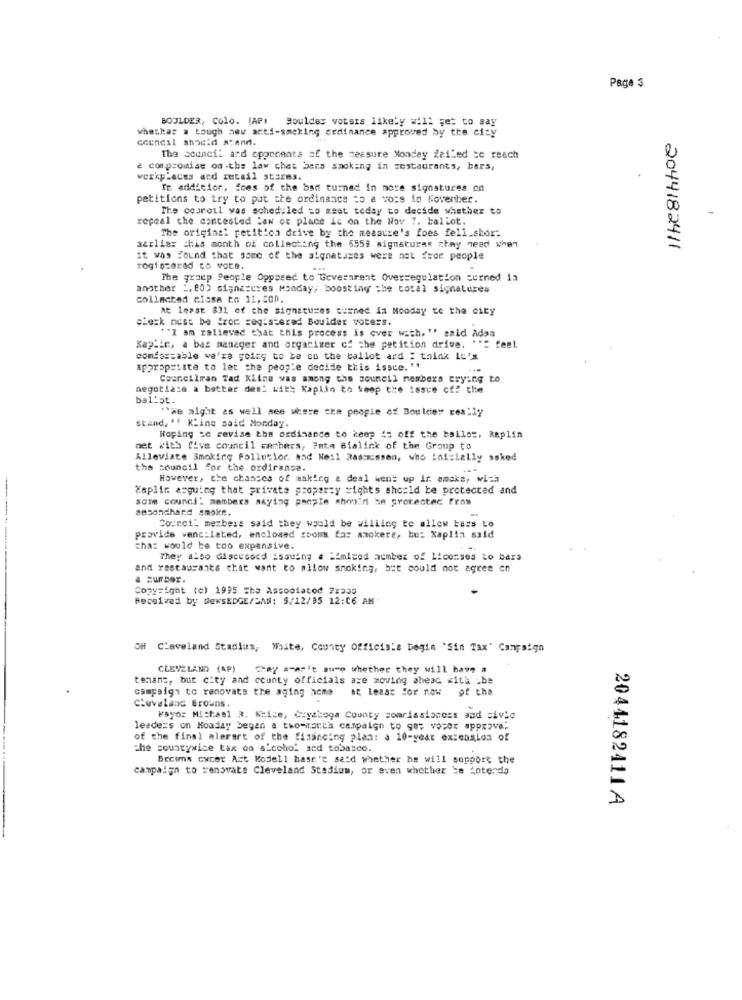
Paga 3
BOULDER, Colo. (AP) Boulder votsis likely will get to say
whether a tough new anti-smoking ordinance approved by the city
council shadid stand.
The council and opponents of the measure Monday failed to reach
è compromise od .the law chet bens smoking in restaurants, bars,
wexkplaces and retail stores.
In addition, foes of the ban turned in more signatures pn
petitions to try to put the ordinance to a voce in Kovenber.
The couroil was scheduled =o msot today to decide whether to
-
repeal the contested law of place ic on the Nov 7. ballot.
The original petition drive by the measure's foes fell_sbor-
a&rlis: this month of collecting the 6559 signatures chey need when
2044182411
it was Found that some of the signatures were not from people
rogiotered to vote.
The groep People Opposed to Government Overregulation surned in
another :, 80) signaceres Monday, boosting the total signatures
collmatad cissa to 11,000.
At least 831 of the signatures turned is Monday to the city
clerk nest be from registered Boulder voters.
""I am zalieved that this process is over with, "" said Adan
Kap'in, a bas manager and organizer of the petition drive. ""= feel
comfortable we're going to be co the ballot ard I think It's
appropriate to let the people decide this issce. "
Councilman Tad KLine was among the council members trying to
negotiate a batter den! with Kaplin to keep the issue of: the
ballot.
""he alght as well see where the people of Boulder really
stand, " KLine said Monday.
Hoping :c revise the ordinance to keep 45 off the ballot, kaplin
bet with five council members, Fate Bialink of the Group to
Alleviate Smoking Pollutlor mad Nesl Rasmussen, who Initially ssked
the council for the ordirance.
However, the chances of making & deal went up ir. amcks, with
Kaplic arguing that private property rights should be protected and
some council members saying people should be protected From
sesonthand smoke.
Courot' members said they would be willing to allow bass to
provide venc:lated, enclosed rooms far smokere, bu: Kaplin said
that would be too expensive.
They also discussed issuing # Himleed member of Licenses to bars
-------
and restaurants chat want to allow smoking, but could not agree on
a zurber.
Copyright (c) 1995 the Associatod #2239
Received by DewsEDGE/SAM: 9/12/95 12:06 AM
OH Cleveland Stadium, White, County Officials Degin 'Sin Tax" Campaign
CLEVELAND (AP)
They a't sure whether they will have a
tenant, but city and county officials are moving ahead with >be
campaign to renovate the aging acme
at least For now of the
Cleveland Browns.
kayoz Michael R. Whice, Czyaboga County somrissianors and civic
leaders on Monday began a two-marta campaign to get voser approve.
of the final mlerart of the financing plan: a 10-year extension of
the countywice tax on alcohol and tobasco.
Becwmns cacer Art Modell hasn't sa'd whether he will support the
campaign to renovate Cleveland Stadium, or even whether te intends
2044182411A